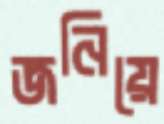
জনিয়ে